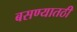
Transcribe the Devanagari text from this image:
बसण्यातठी